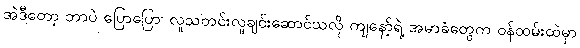
အဲဒီတော့ ဘာပဲ ပြောပြော၊ လူသတင်းလူချင်းဆောင်သလို ကျနော့်ရဲ့ အမာခံတွေက ဝန်ထမ်းထဲမှာ